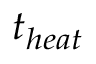
t _ { h e a t }